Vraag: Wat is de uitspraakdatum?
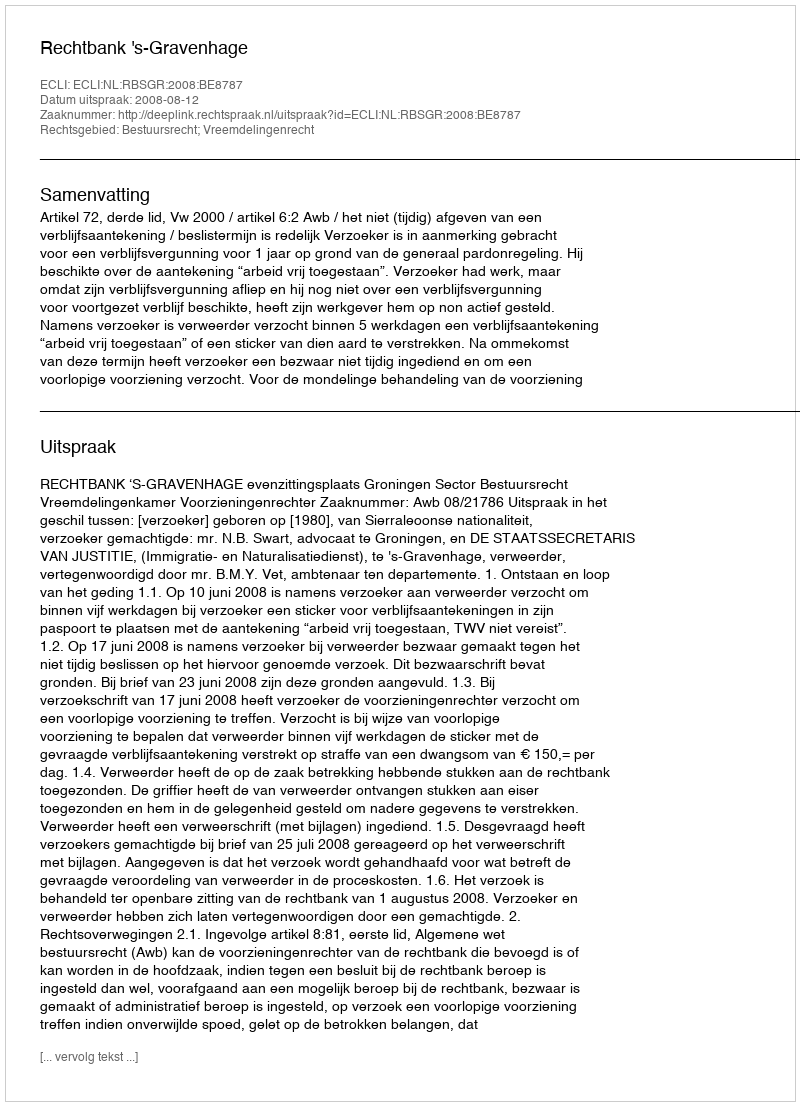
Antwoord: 2008-08-12